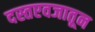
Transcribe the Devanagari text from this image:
दस्तएवजातून